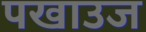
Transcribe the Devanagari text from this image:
पखाउज